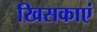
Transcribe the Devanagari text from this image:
खिसकाएं